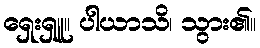
ရှေးရှူ။ ပါယာသိ၊ သွား၏။